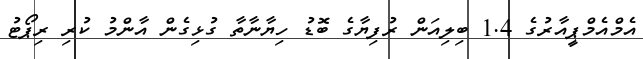
އެމްއެމްޕީއާރުގެ 1.4 ބިލިއަން ރުފިޔާގެ ބޮޑު ހިޔާނާތާ ގުޅިގެން އާންމު ކުރި ރިޕޯޓު